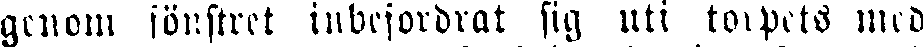
genom fönstret inbefordrat sig uti torpets med